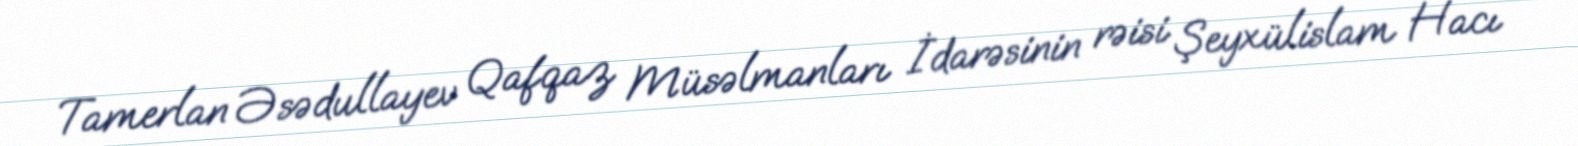
Tamerlan Əsədullayev Qafqaz Müsəlmanları İdarəsinin rəisi Şeyxülislam Hacı